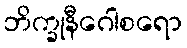
ဘိက္ခုနီဂေါစရော